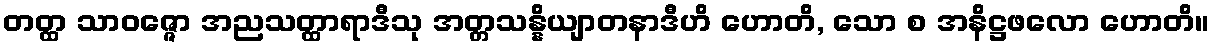
တတ္ထ သာဝဇ္ဇော အညသတ္ထာရာဒီသု အတ္တသန္နိယျာတနာဒီဟိ ဟောတိ, သော စ အနိဋ္ဌဖလော ဟောတိ။